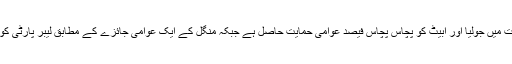
جمعہ کو آسٹریلیا کے ایک اخبار میں جاری کردہ سروے کے مطابق ان انتخابات میں جولیا اور ابیٹ کو پچاس پچاس فیصد عوامی حمایت حاصل ہے جبکہ منگل کے ایک عوامی جائزے کے مطابق لیبر پارٹی کو باون فیصد جبکہ اپوزیشن کی لبرل پارٹی کو اڑتالیس فیصد حمایت حاصل ہے۔